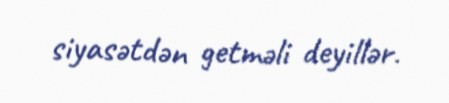
siyasətdən getməli deyillər.